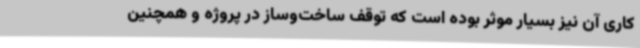
کاری آن نیز بسیار موثر بوده است که توقف ساخت‌وساز در پروژه و همچنین